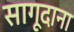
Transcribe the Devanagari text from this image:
सागूदाना